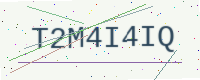
Text: T2M4I4IQ